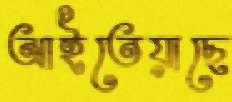
আইতেয়াছে